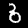
Label: 6